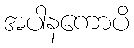
အပါနကောပိ